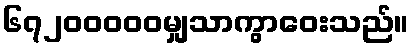
၆၇၂၀၀၀၀၀မျှသာကွာဝေးသည်။